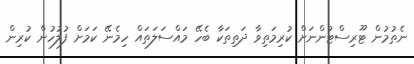
ނެތުމުން ޓޫރިސްޓުންނަށް ކުރިމަތިވާ ދަތިތަކާ ބެހޭ މައްސަލަތައް ހިމެނޭ ކަމަށް ފުލުހުން ކުރިން